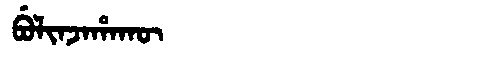
Manchu: ᠪᡠᠯᡳᠨᠵᠠᡥᠠᡴᡡ
Romanization: BULINJAHAKŪ